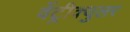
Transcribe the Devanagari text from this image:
वेंट्रीक्युलर